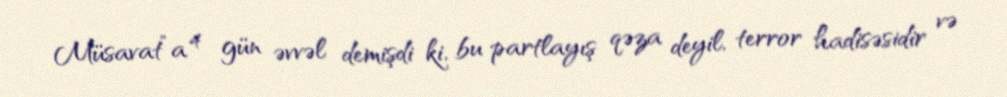
Müsavat”a 4 gün əvvəl demişdi ki, bu partlayış qəza deyil, terror hadisəsidir və